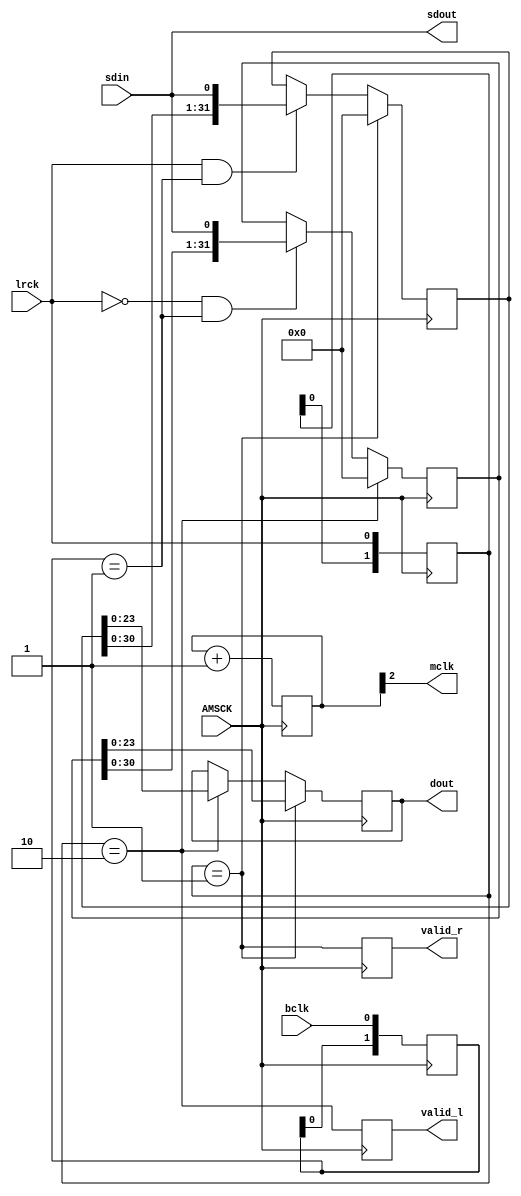
`timescale 1ns / 1ps

module i2s(
	input AMSCK, //98.304 MHz
	input lrck,
	input bclk,
	input sdin,
	output sdout,
	output mclk,
	output[23:0] dout,
	output valid_l,
	output valid_r
);

	/* MCLK: 12.288 MHz */
	reg[2:0] mclk_cntr=0;
	always@(posedge AMSCK)
		mclk_cntr<=mclk_cntr+1;
	assign mclk=mclk_cntr[2];

	/* loopback */
	assign sdout=sdin;

	/* elek detektalasa */
	reg[1:0] lrck_dl=0;
	always@(posedge AMSCK) lrck_dl<={lrck_dl[0],lrck};
	wire lrck_rise=(lrck_dl==2'b01);
	wire lrck_fall=(lrck_dl==2'b10);
	reg[1:0] bclk_dl=0;
	always@(posedge AMSCK) bclk_dl<={bclk_dl[0],bclk};
	wire bclk_rise=(bclk_dl==2'b01);

	/* bal csatorna */
	reg[31:0] shr_l=0;
	always@(posedge AMSCK)
		if(lrck_rise)
			shr_l<=0;
		else if(lrck&bclk_rise)
			shr_l<={shr_l[30:0],sdin};

	/* jobb csatorna */
	reg[31:0] shr_r=0;
	always@(posedge AMSCK)
		if(lrck_fall)
			shr_r<=0;
		else if((~lrck)&bclk_rise)
			shr_r<={shr_r[30:0],sdin};

	/* adatkimenet */
	reg[23:0] dout_reg=0;
	always@(posedge AMSCK)
		if(lrck_rise)
			dout_reg<=shr_r[23:0];
		else if(lrck_fall)
			dout_reg<=shr_l[23:0];
	assign dout=dout_reg;

	/* valid jelek */
	reg lrck_rise_dl=0;
	always@(posedge AMSCK) lrck_rise_dl<=lrck_rise;
	assign valid_r=lrck_rise_dl;
	reg lrck_fall_dl=0;
	always@(posedge AMSCK) lrck_fall_dl<=lrck_fall;
	assign valid_l=lrck_fall_dl;

endmodule